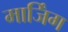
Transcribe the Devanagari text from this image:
मार्जिंग